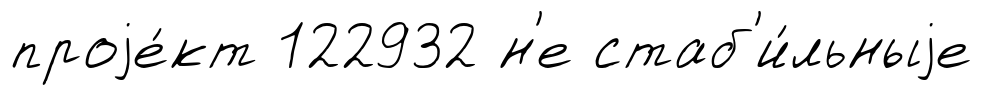
проjе́кт 122932 н'е стаб'и́льныjе